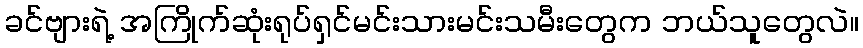
ခင်ဗျားရဲ့ အကြိုက်ဆုံးရုပ်ရှင်မင်းသားမင်းသမီးတွေက ဘယ်သူတွေလဲ။